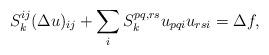
LaTeX: \begin{align*}S_k^{ij}(\Delta u)_{ij} + \sum_i S_k^{pq,rs}u_{pqi}u_{rsi} = \Delta f,\end{align*}